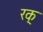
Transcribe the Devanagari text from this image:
रक्